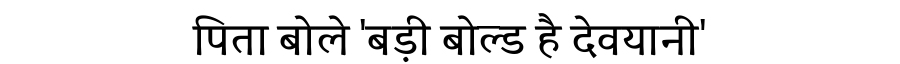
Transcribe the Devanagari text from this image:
पिता बोले 'बड़ी बोल्ड है देवयानी'